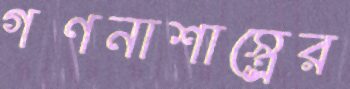
গণনাশাস্ত্রের